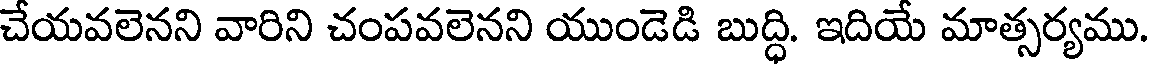
చేయవలెనని వారిని చంపవలెనని యుండెడి బుద్ధి. ఇదియే మాత్సర్యము